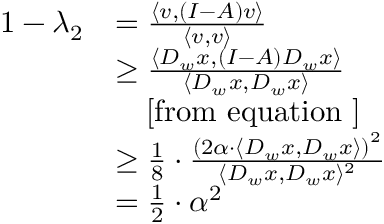
\begin{array} { r l } { 1 - \lambda _ { 2 } } & { = \frac { \langle v , ( I - A ) v \rangle } { \langle v , v \rangle } } \\ & { \geq \frac { \langle D _ { w } x , ( I - A ) D _ { w } x \rangle } { \langle D _ { w } x , D _ { w } x \rangle } } \\ & { \ \ \ \mathrm { [ f r o m ~ e q u a t i o n ~ ] } } \\ & { \geq \frac { 1 } { 8 } \cdot \frac { \left( 2 \alpha \cdot \langle D _ { w } x , D _ { w } x \rangle \right) ^ { 2 } } { \langle D _ { w } x , D _ { w } x \rangle ^ { 2 } } } \\ & { = \frac { 1 } { 2 } \cdot \alpha ^ { 2 } } \end{array}